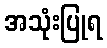
အသုံးပြုရ